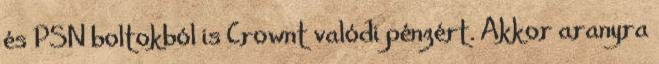
és PSN boltokból is Crownt valódi pénzért. Akkor aranyra